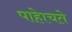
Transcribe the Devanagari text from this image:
पाहेाचते